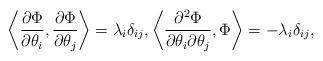
LaTeX: \begin{align*}\left\langle \frac{\partial \Phi}{\partial \theta_i}, \frac{\partial \Phi}{\partial \theta_j}\right \rangle = \lambda_i\delta_{ij}, \left\langle \frac{\partial^2 \Phi}{\partial \theta_i \partial \theta_j}, \Phi\right \rangle = - \lambda_i \delta_{ij} ,\end{align*}